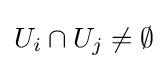
U_{i}\cap U_{j}\neq \emptyset